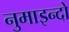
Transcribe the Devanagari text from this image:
नुमाइन्दो